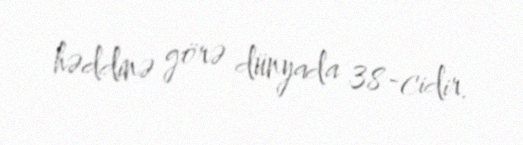
həddinə görə dünyada 38-cidir.